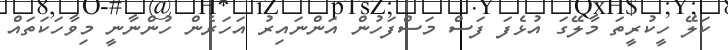
ކަލޭ ހީކުރީތަ މާލޭގަ އުޅެފަ ފަސް މަސްފަހުން އަންނައިރު އަހަރެން ހުންނާނީ މިވާހަކަތައް